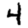
Digit: 4